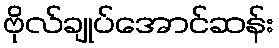
ဗိုလ်ချုပ်အောင်ဆန်း